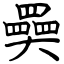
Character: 奰